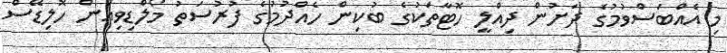
މި އެއްބަަސްވުމުގެ ދަށުން ދިއްލީ ހޮޓާތަކުގެ ބުކިން ހެއްދުމުގެ ފުރުސަތު މޯލްޑިވިއަން ހޮލިޑޭސް